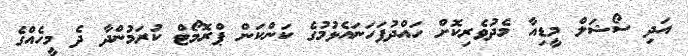
އަދި ސޯޝަލް މީޑިއާ މެދުވެރިކޮށް ހައްދުފަހަނައެޅުމުގެ ކަންކަން ޕްރޮމޯޓް ކުރަމުންދާ ދެ މީހެއްގެ